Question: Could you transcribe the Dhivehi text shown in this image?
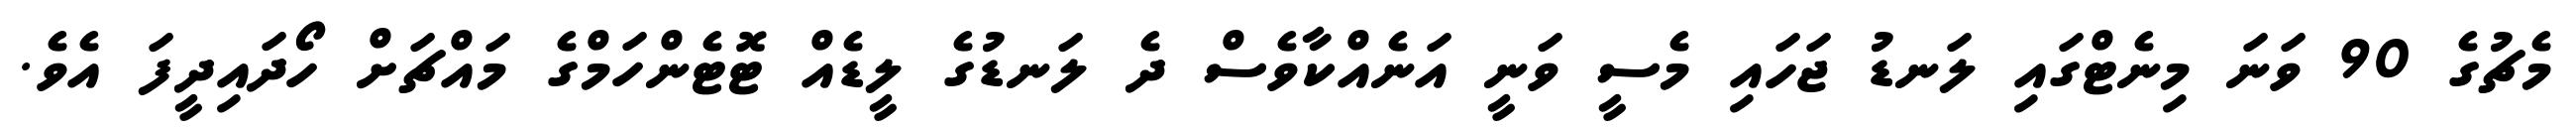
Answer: މެޗުގެ 90 ވަނަ މިނެޓްގައި ލަނޑު ޖަހައި މެސީ ވަނީ އަނެއްކާވެސް ދެ ލަނޑުގެ ލީޑެއް ޓޮޓެންހަމްގެ މައްޗަށް ހޯދައިދީފަ އެވެ.